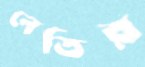
নেতির